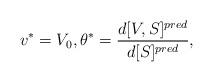
LaTeX: \begin{align*}v^*=V_0, \theta^*=\frac{d [ V,S]^{pred}}{d [S]^{pred}},\end{align*}